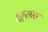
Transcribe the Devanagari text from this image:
ह्यूसेन